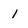
Character: 1